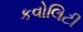
કવોલિટી